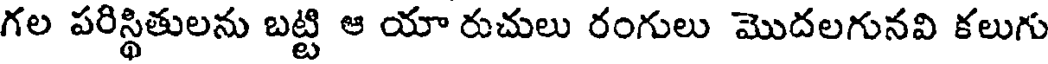
గల పరిస్థితులను బట్టి ఆ యా రుచులు రంగులు మొదలగునవి కలుగు